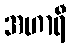
အဟာရီ